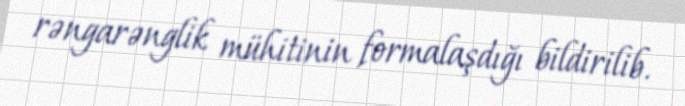
rəngarənglik mühitinin formalaşdığı bildirilib.